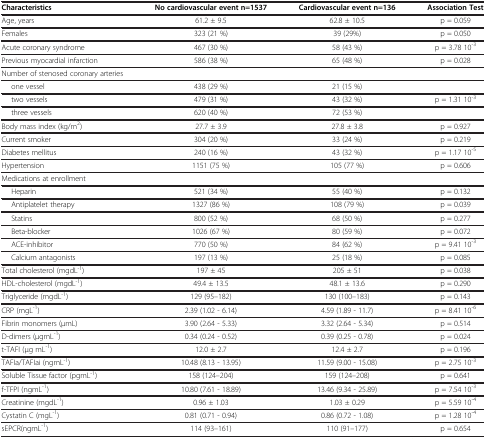
<table><thead><tr><td><b>Characteristics</b></td><td><b>No cardiovascular event n=1537</b></td><td><b>Cardiovascular event n=136</b></td><td><b>Association Test</b></td></tr></thead><tbody><tr><td>Age, years</td><td>61.2 ± 9.5</td><td>62.8 ± 10.5</td><td>p = 0.059</td></tr><tr><td>Females</td><td>323 (21 %)</td><td>39 (29%)</td><td>p = 0.050</td></tr><tr><td>Acute coronary syndrome</td><td>467 (30 %)</td><td>58 (43 %)</td><td>p = 3.78 10<sup>-3</sup></td></tr><tr><td>Previous myocardial infarction</td><td>586 (38 %)</td><td>65 (48 %)</td><td>p = 0.028</td></tr><tr><td>Number of stenosed coronary arteries</td><td> </td><td> </td><td> </td></tr><tr><td>one vessel</td><td>438 (29 %)</td><td>21 (15 %)</td><td> </td></tr><tr><td>two vessels</td><td>479 (31 %)</td><td>43 (32 %)</td><td>p = 1.31 10<sup>-3</sup></td></tr><tr><td>three vessels</td><td>620 (40 %)</td><td>72 (53 %)</td><td> </td></tr><tr><td>Body mass index (kg/m<sup>2</sup>)</td><td>27.7 ± 3.9</td><td>27.8 ± 3.8</td><td>p = 0.927</td></tr><tr><td>Current smoker</td><td>304 (20 %)</td><td>33 (24 %)</td><td>p = 0.219</td></tr><tr><td>Diabetes mellitus</td><td>240 (16 %)</td><td>43 (32 %)</td><td>p = 1.17 10<sup>-5</sup></td></tr><tr><td>Hypertension</td><td>1151 (75 %)</td><td>105 (77 %)</td><td>p = 0.606</td></tr><tr><td>Medications at enrollment</td><td> </td><td> </td><td> </td></tr><tr><td>Heparin</td><td>521 (34 %)</td><td>55 (40 %)</td><td>p = 0.132</td></tr><tr><td>Antiplatelet therapy</td><td>1327 (86 %)</td><td>108 (79 %)</td><td>p = 0.039</td></tr><tr><td>Statins</td><td>800 (52 %)</td><td>68 (50 %)</td><td>p = 0.277</td></tr><tr><td>Beta-blocker</td><td>1026 (67 %)</td><td>80 (59 %)</td><td>p = 0.072</td></tr><tr><td>ACE-inhibitor</td><td>770 (50 %)</td><td>84 (62 %)</td><td>p = 9.41 10<sup>-3</sup></td></tr><tr><td>Calcium antagonists</td><td>197 (13 %)</td><td>25 (18 %)</td><td>p = 0.085</td></tr><tr><td>Total cholesterol (mgdL<sup>-1</sup>)</td><td>197 ± 45</td><td>205 ± 51</td><td>p = 0.038</td></tr><tr><td>HDL-cholesterol (mgdL<sup>-1</sup>)</td><td>49.4 ± 13.5</td><td>48.1 ± 13.6</td><td>p = 0.290</td></tr><tr><td>Triglyceride (mgdL<sup>-1</sup>)</td><td>129 (95–182)</td><td>130 (100–183)</td><td>p = 0.143</td></tr><tr><td>CRP (mgL<sup>-1</sup>)</td><td>2.39 (1.02 - 6.14)</td><td>4.59 (1.89 - 11.7)</td><td>p = 8.41 10<sup>-6</sup></td></tr><tr><td>Fibrin monomers (μmL)</td><td>3.90 (2.64 - 5.33)</td><td>3.32 (2.64 - 5.34)</td><td>p = 0.514</td></tr><tr><td>D-dimers (μgmL<sup>-1</sup>)</td><td>0.34 (0.24 - 0.52)</td><td>0.39 (0.25 - 0.78)</td><td>p = 0.024</td></tr><tr><td>t-TAFI (μg mL<sup>-1</sup>)</td><td>12.0 ± 2.7</td><td>12.4 ± 2.7</td><td>p = 0.196</td></tr><tr><td>TAFIa/TAFIai (ngmL<sup>-1</sup>)</td><td>10.48 (8.13 - 13.95)</td><td>11.59 (9.00 - 15.08)</td><td>p = 2.75 10<sup>-3</sup></td></tr><tr><td>Soluble Tissue factor (pgmL<sup>-1</sup>)</td><td>158 (124–204)</td><td>159 (124–208)</td><td>p = 0.641</td></tr><tr><td>f-TFPI (ngmL<sup>-1</sup>)</td><td>10.80 (7.61 - 18.89)</td><td>13.46 (9.34 - 25.89)</td><td>p = 7.54 10<sup>-3</sup></td></tr><tr><td>Creatinine (mgdL<sup>-1</sup>)</td><td>0.96 ± 1.03</td><td>1.03 ± 0.29</td><td>p = 5.59 10<sup>-4</sup></td></tr><tr><td>Cystatin C (mgL<sup>-1</sup>)</td><td>0.81 (0.71 - 0.94)</td><td>0.86 (0.72 - 1.08)</td><td>p = 1.28 10<sup>-4</sup></td></tr><tr><td>sEPCR(ngmL<sup>-1</sup>)</td><td>114 (93–161)</td><td>110 (91–177)</td><td>p = 0.654</td></tr></tbody></table>